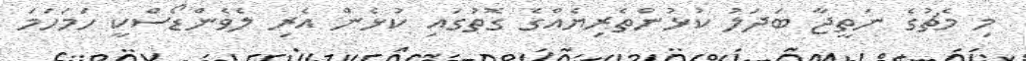
މި މެޗުގެ ނަތީޖާ ބަދަލު ކުޅުންތެރިޔެއްގެ ގޮތުގައި ކުޅެން އެރި ލެވެންޑޯސްކީ ހަމަހަމަ